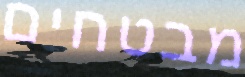
מבטחים